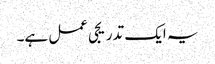
یہ ایک تدریجی عمل ہے۔